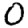
Digit: 0